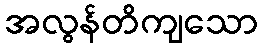
အလွန်တိကျသော